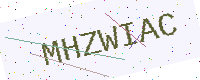
Text: MHZWIAC